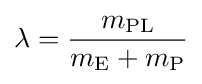
\lambda ={\frac {m_{\mathrm {PL} }}{m_{\mathrm {E} }+m_{\mathrm {P} }}}